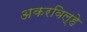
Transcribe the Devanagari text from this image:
अकरविल्हे